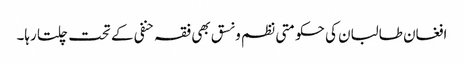
افغان طالبان کی حکومتی نظم و نسق بھی فقہ حنفی کے تحت چلتا رہا۔